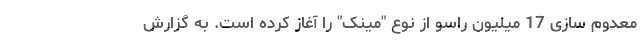
معدوم سازی 17 میلیون راسو از نوع "مینک" را آغاز کرده است. به گزارش